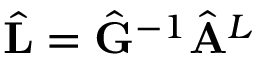
\hat { \mathbf { L } } = \hat { \mathbf { G } } ^ { - 1 } \hat { \mathbf { A } } ^ { L }